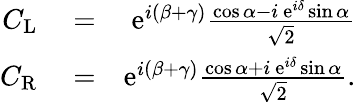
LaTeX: \begin{array}{rlr}{C_{\mathrm{L}}}&{{}=}&{\mathrm{e}^{i(\beta+\gamma)}\frac{\cos\alpha-i\ \mathrm{e}^{i\delta}\sin\alpha}{\sqrt{2}}}\\ {C_{\mathrm{R}}}&{{}=}&{\mathrm{e}^{i(\beta+\gamma)}\frac{\cos\alpha+i\ \mathrm{e}^{i\delta}\sin\alpha}{\sqrt{2}}.}\end{array}